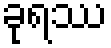
ခုရဿ